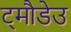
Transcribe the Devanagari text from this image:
ट्मौडेउ